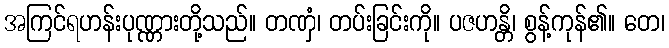
အကြင်ရဟန်းပုဏ္ဏားတို့သည်။ တဏှံ၊ တပ်းခြင်းကို။ ပဇဟန္တိ၊ စွန့်ကုန်၏။ တေ၊